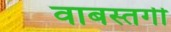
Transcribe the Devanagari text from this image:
वाबस्तगी